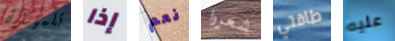
تلميذة إذا نعم شعروا طاقتي عليه